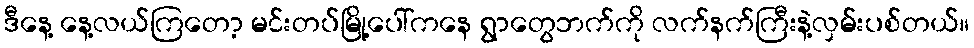
ဒီနေ့ နေ့လယ်ကြတော့ မင်းတပ်မြို့ပေါ်ကနေ ရွာတွေဘက်ကို လက်နက်ကြီးနဲ့လှမ်းပစ်တယ်။